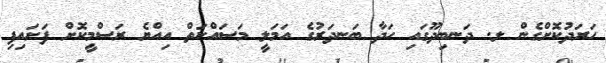
ހަރަދުކޮށްގެން ލ. ދަނބިދޫގައި ހަދާ ބަނދަރުގެ އަމަލީ މަސައްކަތް އިއްޔެ ރަސްމީކޮށް ފަށައިފި